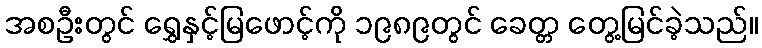
အစဦးတွင် ရွှေနှင့်မြဖောင့်ကို ၁၉၈၉တွင် ခေတ္တ တွေ့မြင်ခဲ့သည်။